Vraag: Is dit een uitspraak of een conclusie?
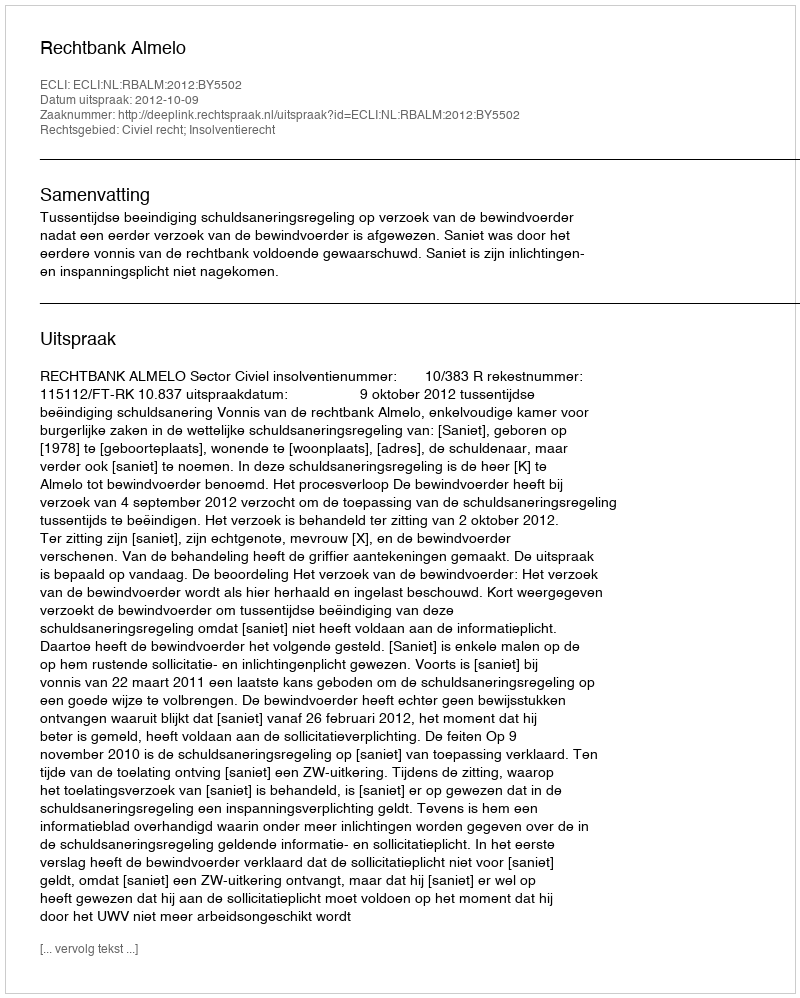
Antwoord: Uitspraak